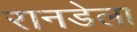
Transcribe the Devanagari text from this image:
रानडेला